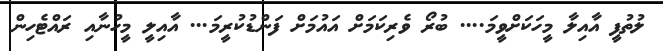
ލުތުފީ އާއިލާ މީހަކަށްވީމަ.... ބުރޯ ވެރިކަމަށް އައުމަށް ފަންޑުކުރީމަ... އާއިލީ މީހުނާއި ރައްޓެހިން